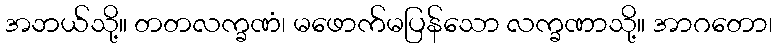
အဘယ်သို့။ တတလက္ခဏံ၊ မဖောက်မပြန်သော လက္ခဏာသို့။ အာဂတော၊